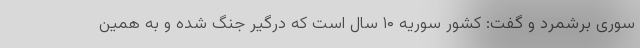
سوری برشمرد و گفت: کشور سوریه ۱۰ سال است که درگیر جنگ شده و به همین